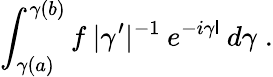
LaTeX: \int_{\gamma(a)}^{\gamma(b)}f\: |\gamma^{\prime}|^{-1}\: e^{-i\gamma\mathsf{l}}\: d\gamma\; .